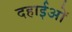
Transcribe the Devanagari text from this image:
दहाईओं